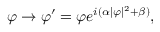
\varphi \rightarrow \varphi ^ { \prime } = \varphi e ^ { i ( \alpha | \varphi | ^ { 2 } + \beta ) } ,